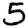
Digit: 5